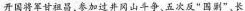
开国将军甘祖昌，参加过井冈山斗争、五次反”国别”。长